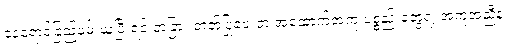
နေရောင်ခြည်ဖမ်းယူပြီးရင် တခြား ဓာတ်ပြုပေးတဲ့ အထောက်အကူ ပစ္စည်းတွေရဲ့ အကူအညီနဲ့